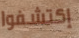
إكتشفوا